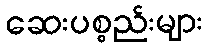
ဆေးပစ္စည်းများ